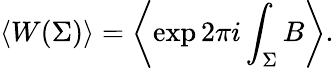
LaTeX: \left<W(\Sigma)\right>=\left<\exp 2\pi i\int_{\Sigma}B\right>.